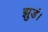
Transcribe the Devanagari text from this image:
झुडं।